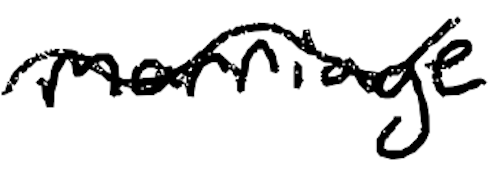
Text: marriage
Cross-out: wave
Writing tool: digital_black